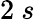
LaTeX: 2\ s